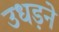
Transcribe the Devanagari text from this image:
उधड़ने